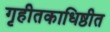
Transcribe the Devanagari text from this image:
गृहीतकाधिष्ठीत